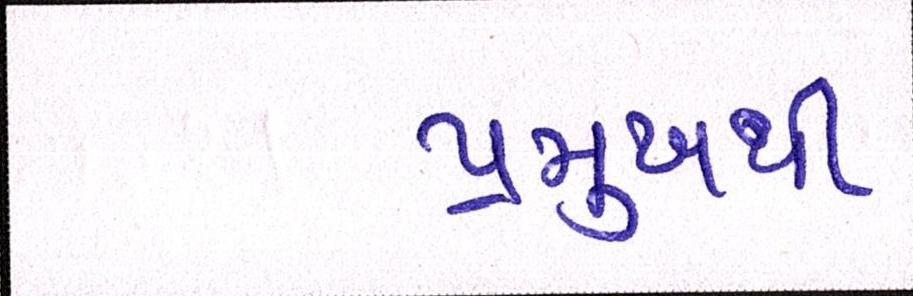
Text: પ્રમુખથી